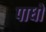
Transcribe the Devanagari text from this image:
पाधों